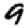
Digit: 9